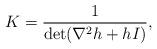
LaTeX: \begin{align*}K=\frac{1}{\det(\nabla^2h+hI)},\end{align*}